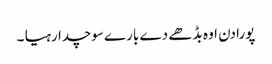
پورا دن اوہ بڈھے دے بارے سوچدا رہیا ۔